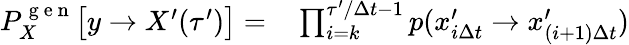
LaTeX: \begin{array}{rl}{P_{X}^{\mathrm{~g~e~n~}}\bigl[y\to X^{\prime}(\tau^{\prime})\bigr]=}&{{}\prod_{i=k}^{\tau^{\prime}/\Delta t-1}p(x_{i\Delta t}^{\prime}\to x_{(i+1)\Delta t}^{\prime})}\end{array}